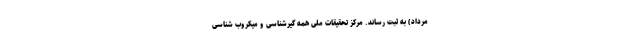
مرداد) به ثبت رساند. مرکز تحقیقات ملی همه ‌گیرشناسی و میکروب شناسی